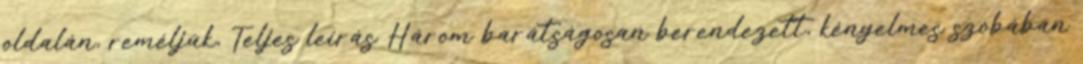
oldalán, reméljük, Teljes leírás Három barátságosan berendezett, kényelmes szobában